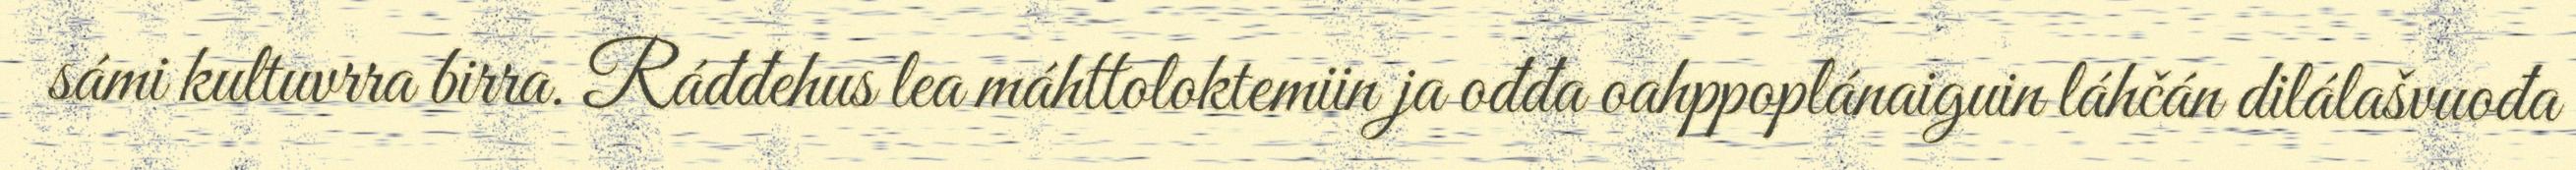
sámi kultuvrra birra. Ráđđehus lea máhttoloktemiin ja ođđa oahppoplánaiguin láhčán dilálašvuođa